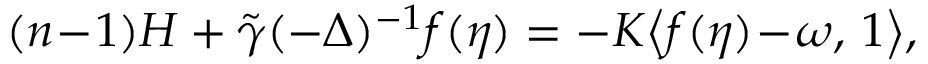
( n \! - \! 1 ) H + \tilde { \gamma } ( - \Delta ) ^ { - 1 } f ( \eta ) = - K \big \langle f ( \eta ) \! - \! \omega , \, 1 \big \rangle ,